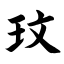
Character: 玟